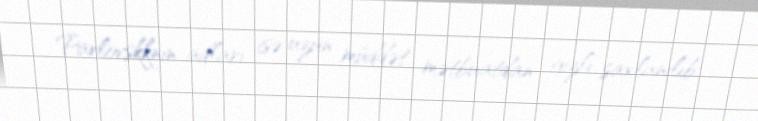
Pavlovskknin adları isə uzun müddət mətbuatdan gizli saxlanılıb.